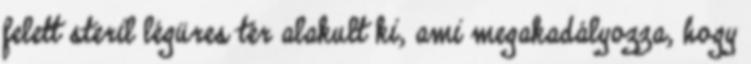
felett steril légüres tér alakult ki, ami megakadályozza, hogy